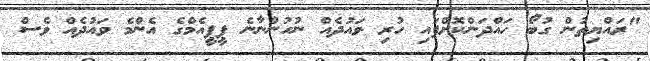
"ރައްޔިތުން ގުބޯ ހައްދަންކޮށްފައި ހުރި ވައުދެއް ނުހުންނާނެ ޕީޕީއެމްގެ އެންމެ ވައުދެއް ވެސް